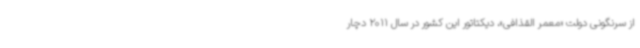
از سرنگونی دولت «معمر القذافی»، دیکتاتور این کشور در سال 2011 دچار